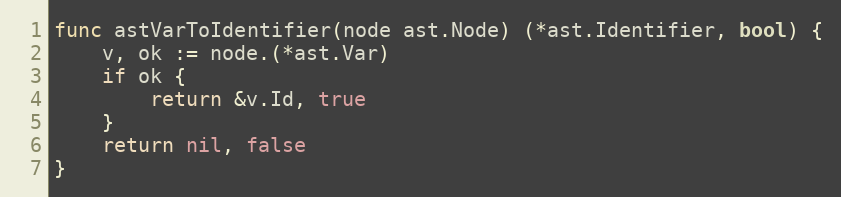
Language: Go
func astVarToIdentifier(node ast.Node) (*ast.Identifier, bool) {
	v, ok := node.(*ast.Var)
	if ok {
		return &v.Id, true
	}
	return nil, false
}